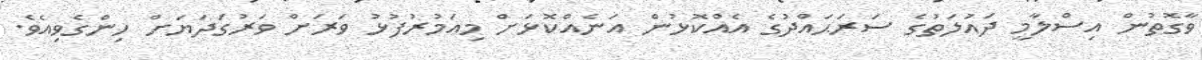
ވާގޮތުން އިސްލާމީ ދައުލަތުގެ ސަރަޙައްދުގެ އެއްކޮޅުން އަނެއްކޮޅަށް މިއަމުރުފުޅު ވަރަށް ވަރުގަދަޔަށް ހިންގެވިއެވެ.